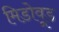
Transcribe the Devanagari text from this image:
मिडोवूड